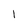
Character: 1